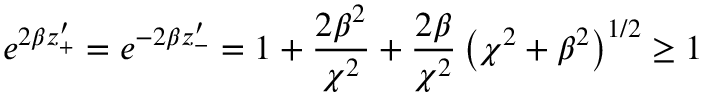
e ^ { 2 \beta z _ { + } ^ { \prime } } = e ^ { - 2 \beta z _ { - } ^ { \prime } } = 1 + \frac { 2 \beta ^ { 2 } } { \chi ^ { 2 } } + \frac { 2 \beta } { \chi ^ { 2 } } \left( \chi ^ { 2 } + \beta ^ { 2 } \right) ^ { 1 / 2 } \geq 1